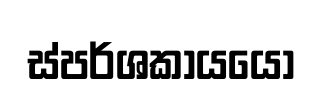
ස්පර්ශකායයෝ